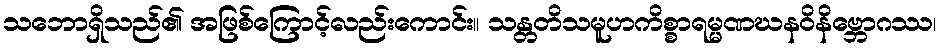
သဘောရှိသည်၏ အဖြစ်ကြောင့်လည်းကောင်း။ သန္တတိသမူဟကိစ္စာရမ္မဏဃနဝိနိဗ္ဘောဂဿ၊